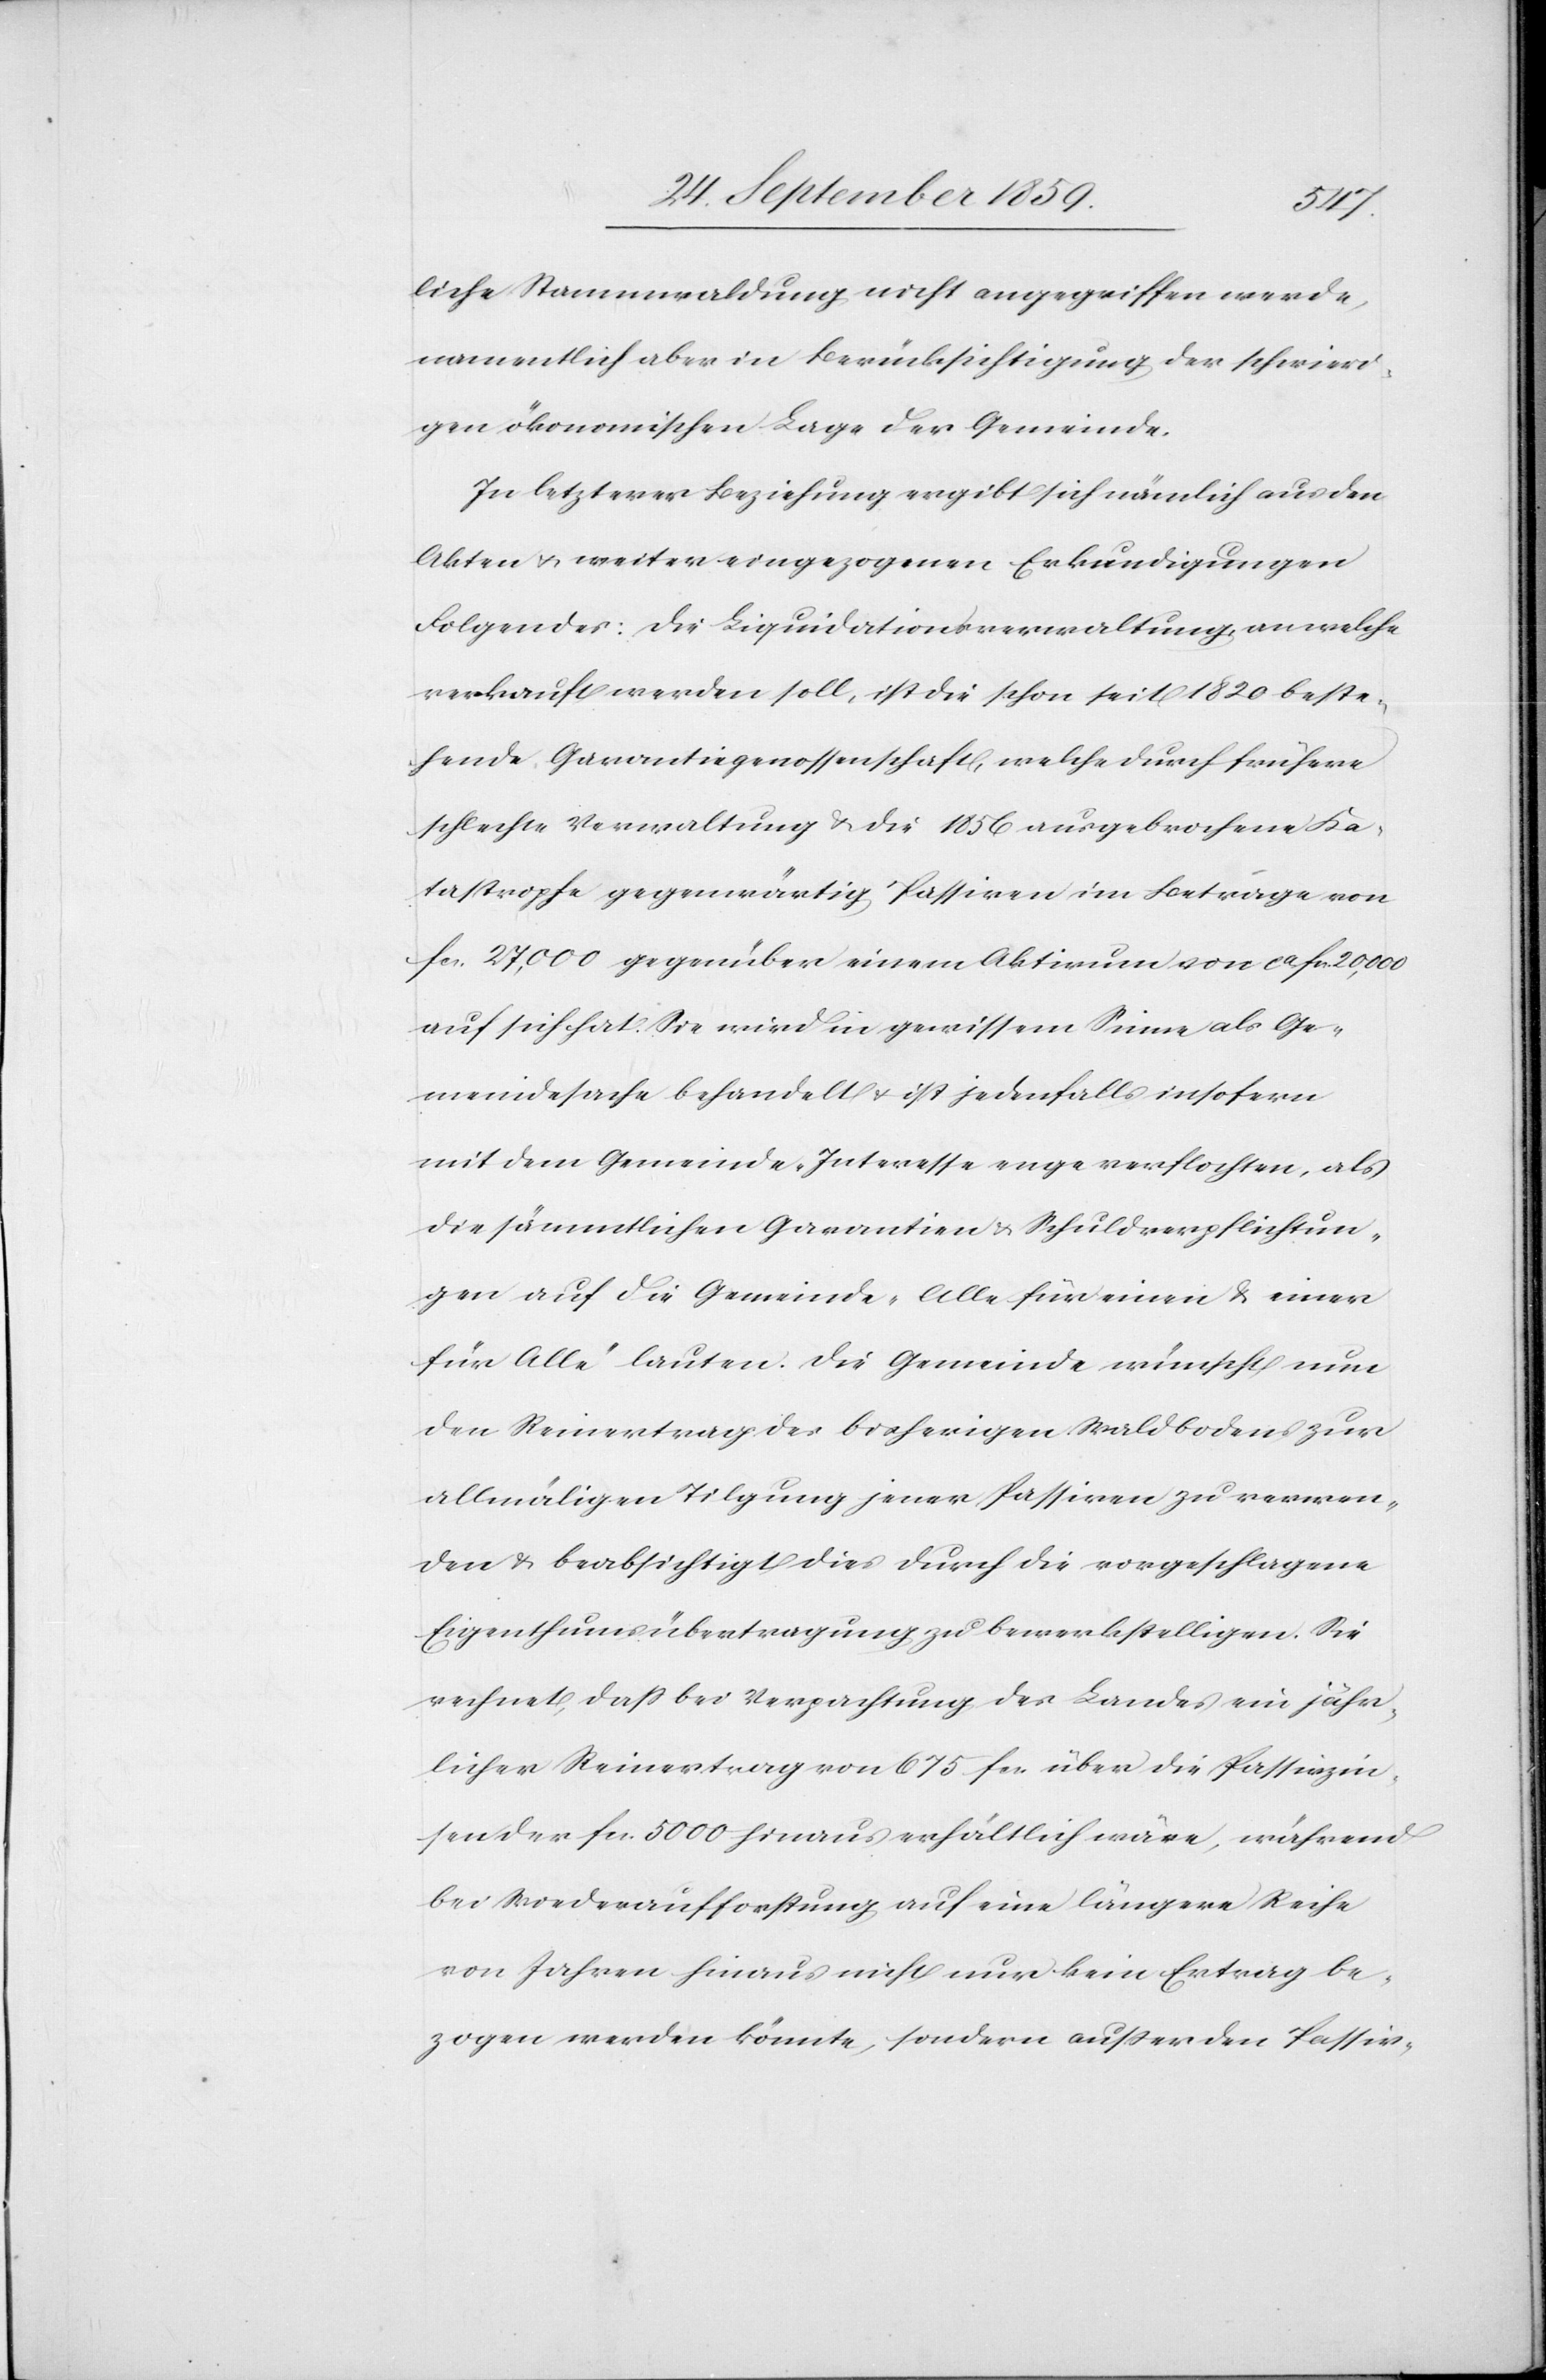
liche Stammwaldung nicht angegriffen werde,
namentlich aber in Berücksichtigung der schwieri¬
gen ökonomischen Lage der Gemeinde.
In letzterer Beziehung ergibt sich nämlich aus den
Akten & weiter eingezogenen Erkundigungen
Folgendes: Die Liquidationsverwaltung, an welche
verkauft werden soll, ist die schon seit 1820 beste¬
hende Garantiegenossenschaft, welche durch frühere
schlechte Verwaltung & die 1856 ausgebrochene Ka¬
tastrophe gegenwärtig Passiven im Betrage von
fcs. 27,000 gegenüber einem Aktivum von ca. fcs. 20,000
auf sich hat. Sie wird in gewissem Sinne als Ge¬
meindesache behandelt & ist jedenfalls insofern
mit dem Gemeinde-Interesse enge verflochten, als
die sämmtlichen Garantien & Schuldverpflichtun¬
gen auf die Gemeinde „Alle für einen & einer
für Alle“ lauten. Die Gemeinde wünscht nun
den Reinertrag des bisherigen Waldbodens zur
allmähligen Tilgung jener Passiven zu verwen¬
den & beabsichtigt dies durch die vorgeschlagene
Eigenthumsübertragung zu bewerkstelligen. Sie
rechnet, daß bei Verpachtung des Landes ein jähr¬
licher Reinertrag von 675. fcs. über die Passivzin¬
sen der fcs. 5000 hinaus erhältlich wäre, während
bei Wiederaufforstung auf eine längere Reihe
von Jahren hinaus nicht nur kein Ertrag be¬
zogen werden könnte, sondern außer den Passiv-